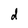
Character: d